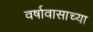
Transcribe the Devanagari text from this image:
वर्षावासाच्या